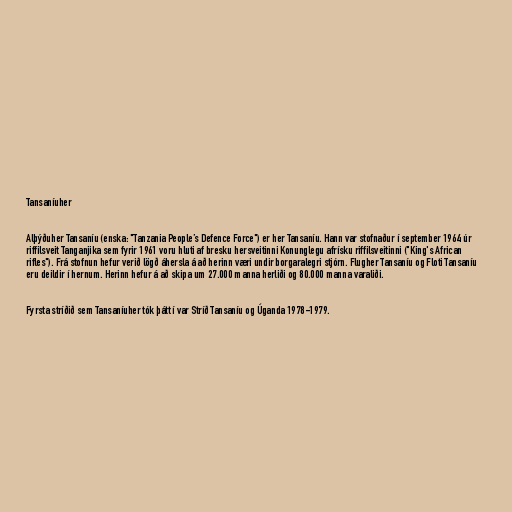
Tansaníuher

Alþýðuher Tansaníu (enska: "Tanzania People’s Defence Force") er her Tansaníu. Hann var stofnaður í september 1964 úr
riffilsveit Tanganjika sem fyrir 1961 voru hluti af bresku hersveitinni Konunglegu afrísku riffilsveitinni ("King's African
rifles"). Frá stofnun hefur verið lögð áhersla á að herinn væri undir borgaralegri stjórn. Flugher Tansaníu og Floti Tansaníu
eru deildir í hernum. Herinn hefur á að skipa um 27.000 manna herliði og 80.000 manna varaliði.

Fyrsta stríðið sem Tansaníuher tók þátt í var Stríð Tansaníu og Úganda 1978-1979.